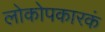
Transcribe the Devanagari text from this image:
लोकोपकारकं